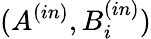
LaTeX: (A^{(in)},B_{i}^{(in)})